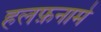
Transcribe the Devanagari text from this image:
हलफ़नामे